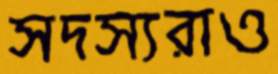
সদস্যরাও